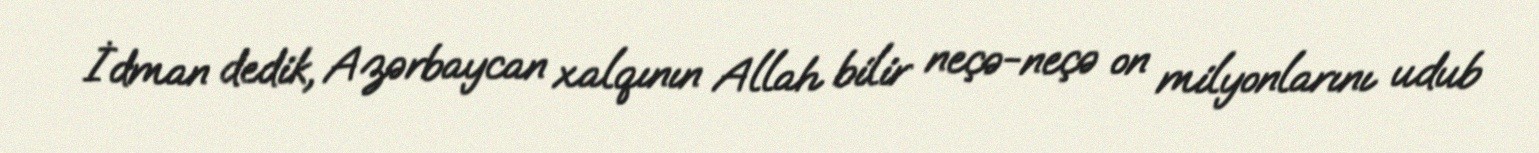
İdman dedik, Azərbaycan xalqının Allah bilir neçə-neçə on milyonlarını udub